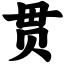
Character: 贯